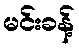
မင်းခန့်